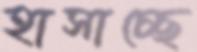
হাসাচ্ছে